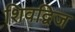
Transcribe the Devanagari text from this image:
शिवद्विज